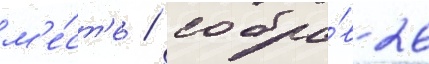
м'е́ст'е / собра́в 26